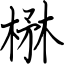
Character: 楙